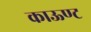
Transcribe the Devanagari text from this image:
काऊण्ट